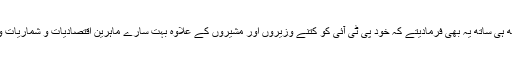
مشیرِ خزانہ غلط بھی نہیں کہہ رہے، اگر وہ ساتھ ہی ساتھ یہ بھی فرمادیتے کہ خود پی ٹی آئی کو کتنے وزیروں اور مشیروں کے علاوہ بہت سارے ماہرین اقتصادیات و شماریات وراثت کے بٹوارے میں ملے تو کیا ہی اچھا ہوتا۔